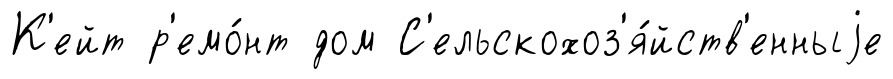
К'ейт р'емо́нт дом С'ельскохоз'я́йств'енныjе